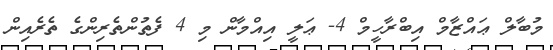
މުބާލް ޢައްޒާމް އިބްރާހީމް 4- ޢަލީ އިއްމާން މި 4 ފެތުންތެރިންގެ ތެރެއިން